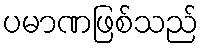
ပမာဏဖြစ်သည်